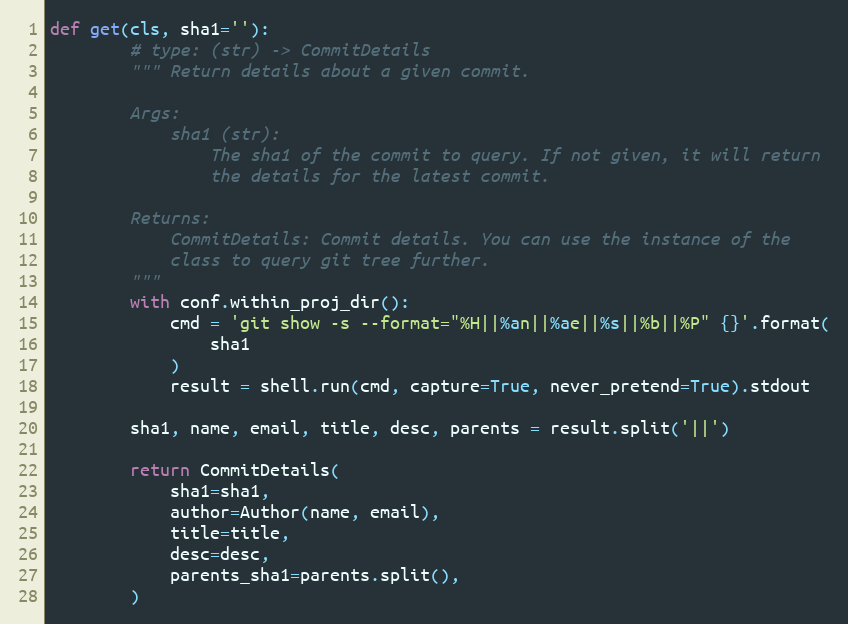
Language: Python
def get(cls, sha1=''):
        # type: (str) -> CommitDetails
        """ Return details about a given commit.

        Args:
            sha1 (str):
                The sha1 of the commit to query. If not given, it will return
                the details for the latest commit.

        Returns:
            CommitDetails: Commit details. You can use the instance of the
            class to query git tree further.
        """
        with conf.within_proj_dir():
            cmd = 'git show -s --format="%H||%an||%ae||%s||%b||%P" {}'.format(
                sha1
            )
            result = shell.run(cmd, capture=True, never_pretend=True).stdout

        sha1, name, email, title, desc, parents = result.split('||')

        return CommitDetails(
            sha1=sha1,
            author=Author(name, email),
            title=title,
            desc=desc,
            parents_sha1=parents.split(),
        )